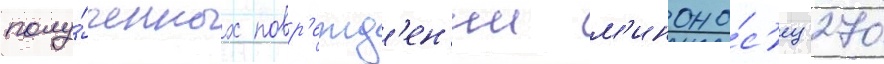
полу́ченных повр'ежд'ен'ии м'иноно́с'ец 270